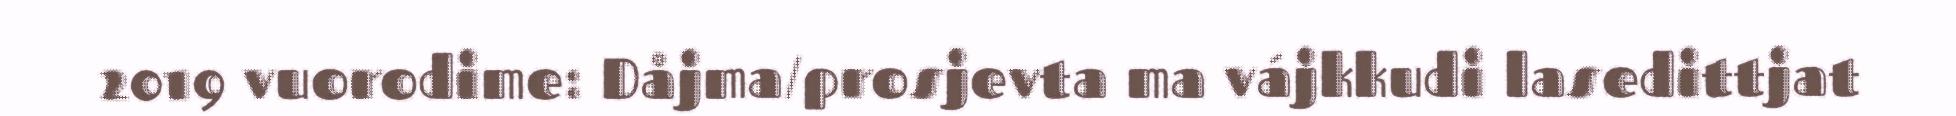
2019 vuorodime: Dåjma/prosjevta ma vájkkudi lasedittjat